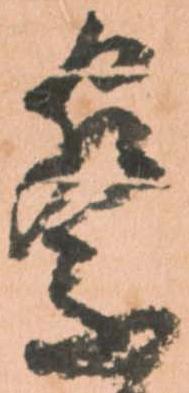
察